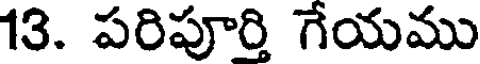
13. పరిపూర్తి గేయము